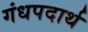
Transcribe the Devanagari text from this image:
गंधपदार्थ